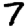
Digit: 7